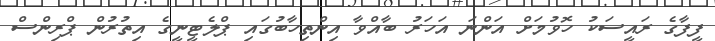
ފީފާގެ ރައީސަކު ހޮވުމަށް އަންނަ އަހަރު ބާއްވާ އިންތިހާބުގައި ޕްލެޓީނީގެ އިތުރުން ޕްރިންސް